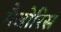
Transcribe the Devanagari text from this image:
मैजोरिस